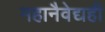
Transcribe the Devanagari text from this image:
महानैवेद्यही